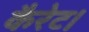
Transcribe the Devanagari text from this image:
कैरेट।